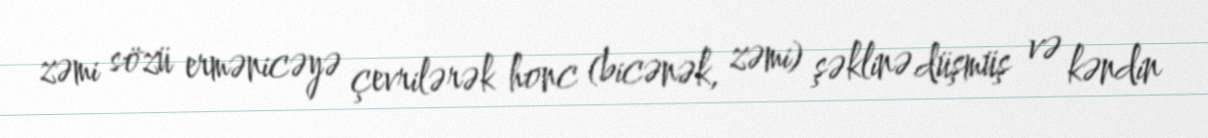
zəmi sözü ermənicəyə çevrilərək honc (bicənək, zəmi) şəklinə düşmüş və kəndin